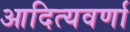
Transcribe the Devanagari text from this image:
आदित्यवर्णा